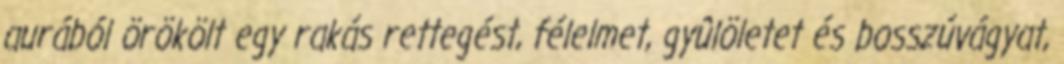
aurából örökölt egy rakás rettegést, félelmet, gyûlöletet és bosszúvágyat,